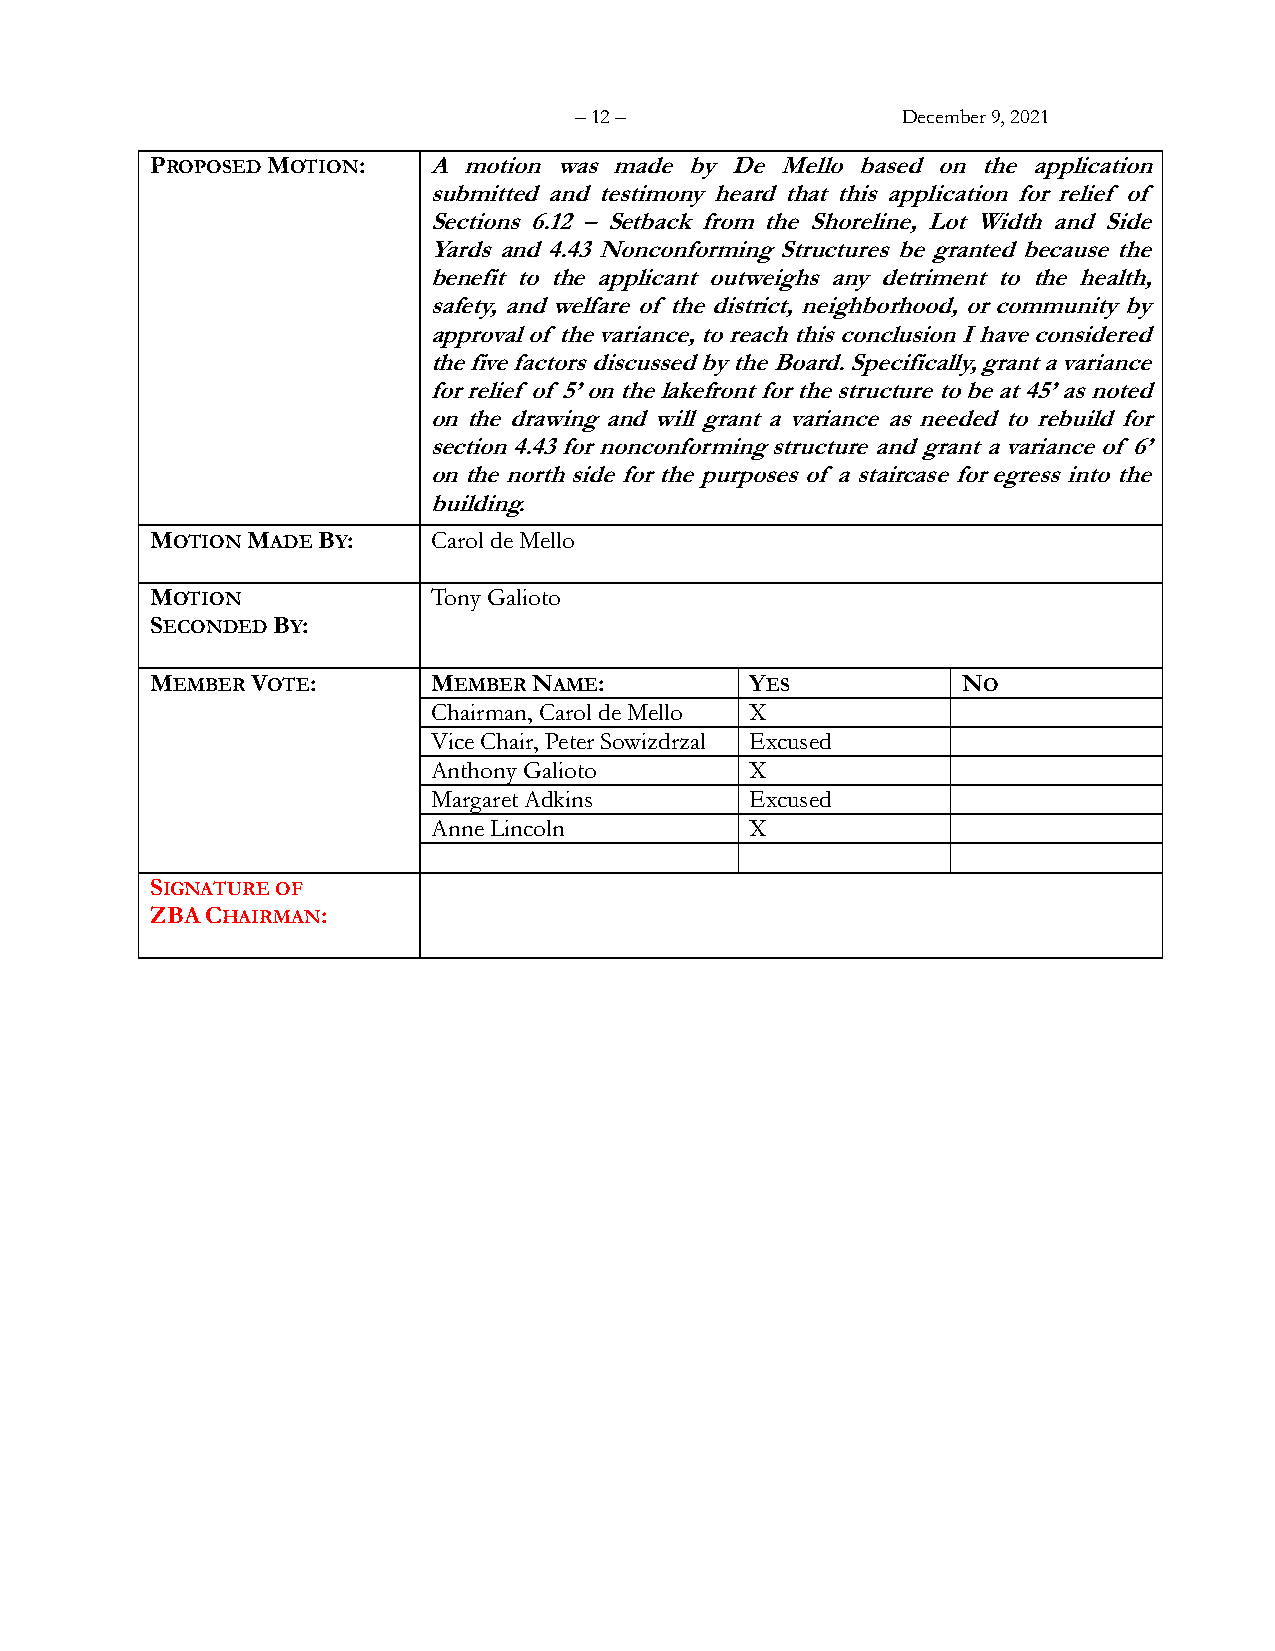
– 12 –                December 9, 2021
 PROPOSED MOTION:  A  motion was made by De Mello based on the application
 submitted and testimony heard that this application for relief of
 Sections 6.12 – Setback from the Shoreline, Lot Width and Side
 Yards and 4.43 Nonconforming Structures be granted because the
 benefit to the applicant outweighs any detriment to the health,
 safety, and welfare of the district, neighborhood, or community by
 approval of the variance, to reach this conclusion I have considered
 the five factors discussed by the Board. Specifically, grant a variance
 for relief of 5’ on the lakefront for the structure to be at 45’ as noted
 on the drawing and will grant a variance as needed to rebuild for
 section 4.43 for nonconforming structure and grant a variance of 6’
 on the north side for the purposes of a staircase for egress into the
 building.
 MOTION MADE BY:    Carol de Mello
 MOTION             Tony Galioto
 SECONDED BY:
 MEMBER VOTE:       MEMBER NAME:         YES           NO
 Chairman, Carol de Mello X
 Vice Chair, Peter Sowizdrzal Excused
 Anthony Galioto      X
 Margaret Adkins      Excused
 Anne Lincoln         X
 SIGNATURE OF
 ZBA CHAIRMAN: